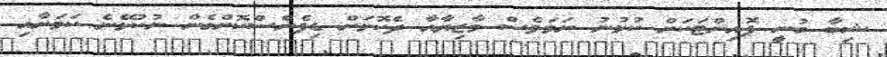
ޝިބާ ބުނީ ޕޮއިންޓަކަށް ކުޅުނު ނަމަވެސް މާޒިޔާއާ ދެކޮޅަށް ޑިފެންސްކޮށްގެން ނުކުޅޭނެ ކަމަށާއި